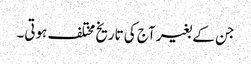
جن کے بغیر آج کی تاریخ مختلف ہوتی۔